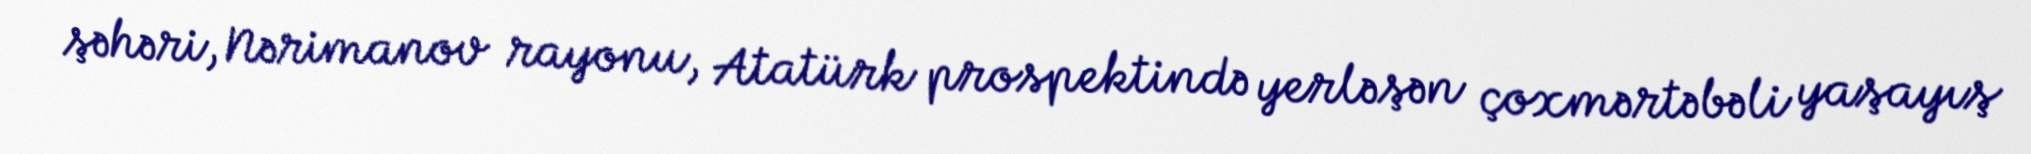
şəhəri, Nərimanov rayonu, Atatürk prospektində yerləşən çoxmərtəbəli yaşayış